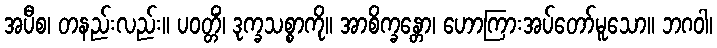
အပီစ၊ တနည်းလည်း။ ပဝတ္တိံ၊ ဒုက္ခသစ္စာကို။ အာစိက္ခန္တော၊ ဟောကြားအပ်တော်မူသော။ ဘဂဝါ၊